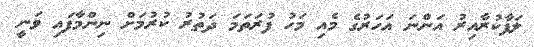
ލަފާކުރާއިރު އަންނަ އަހަރުގެ މެއި މަހު ފުރަތަމަ ދަތުރު ކުރުމަށް ނިންމާފައި ވަނީ